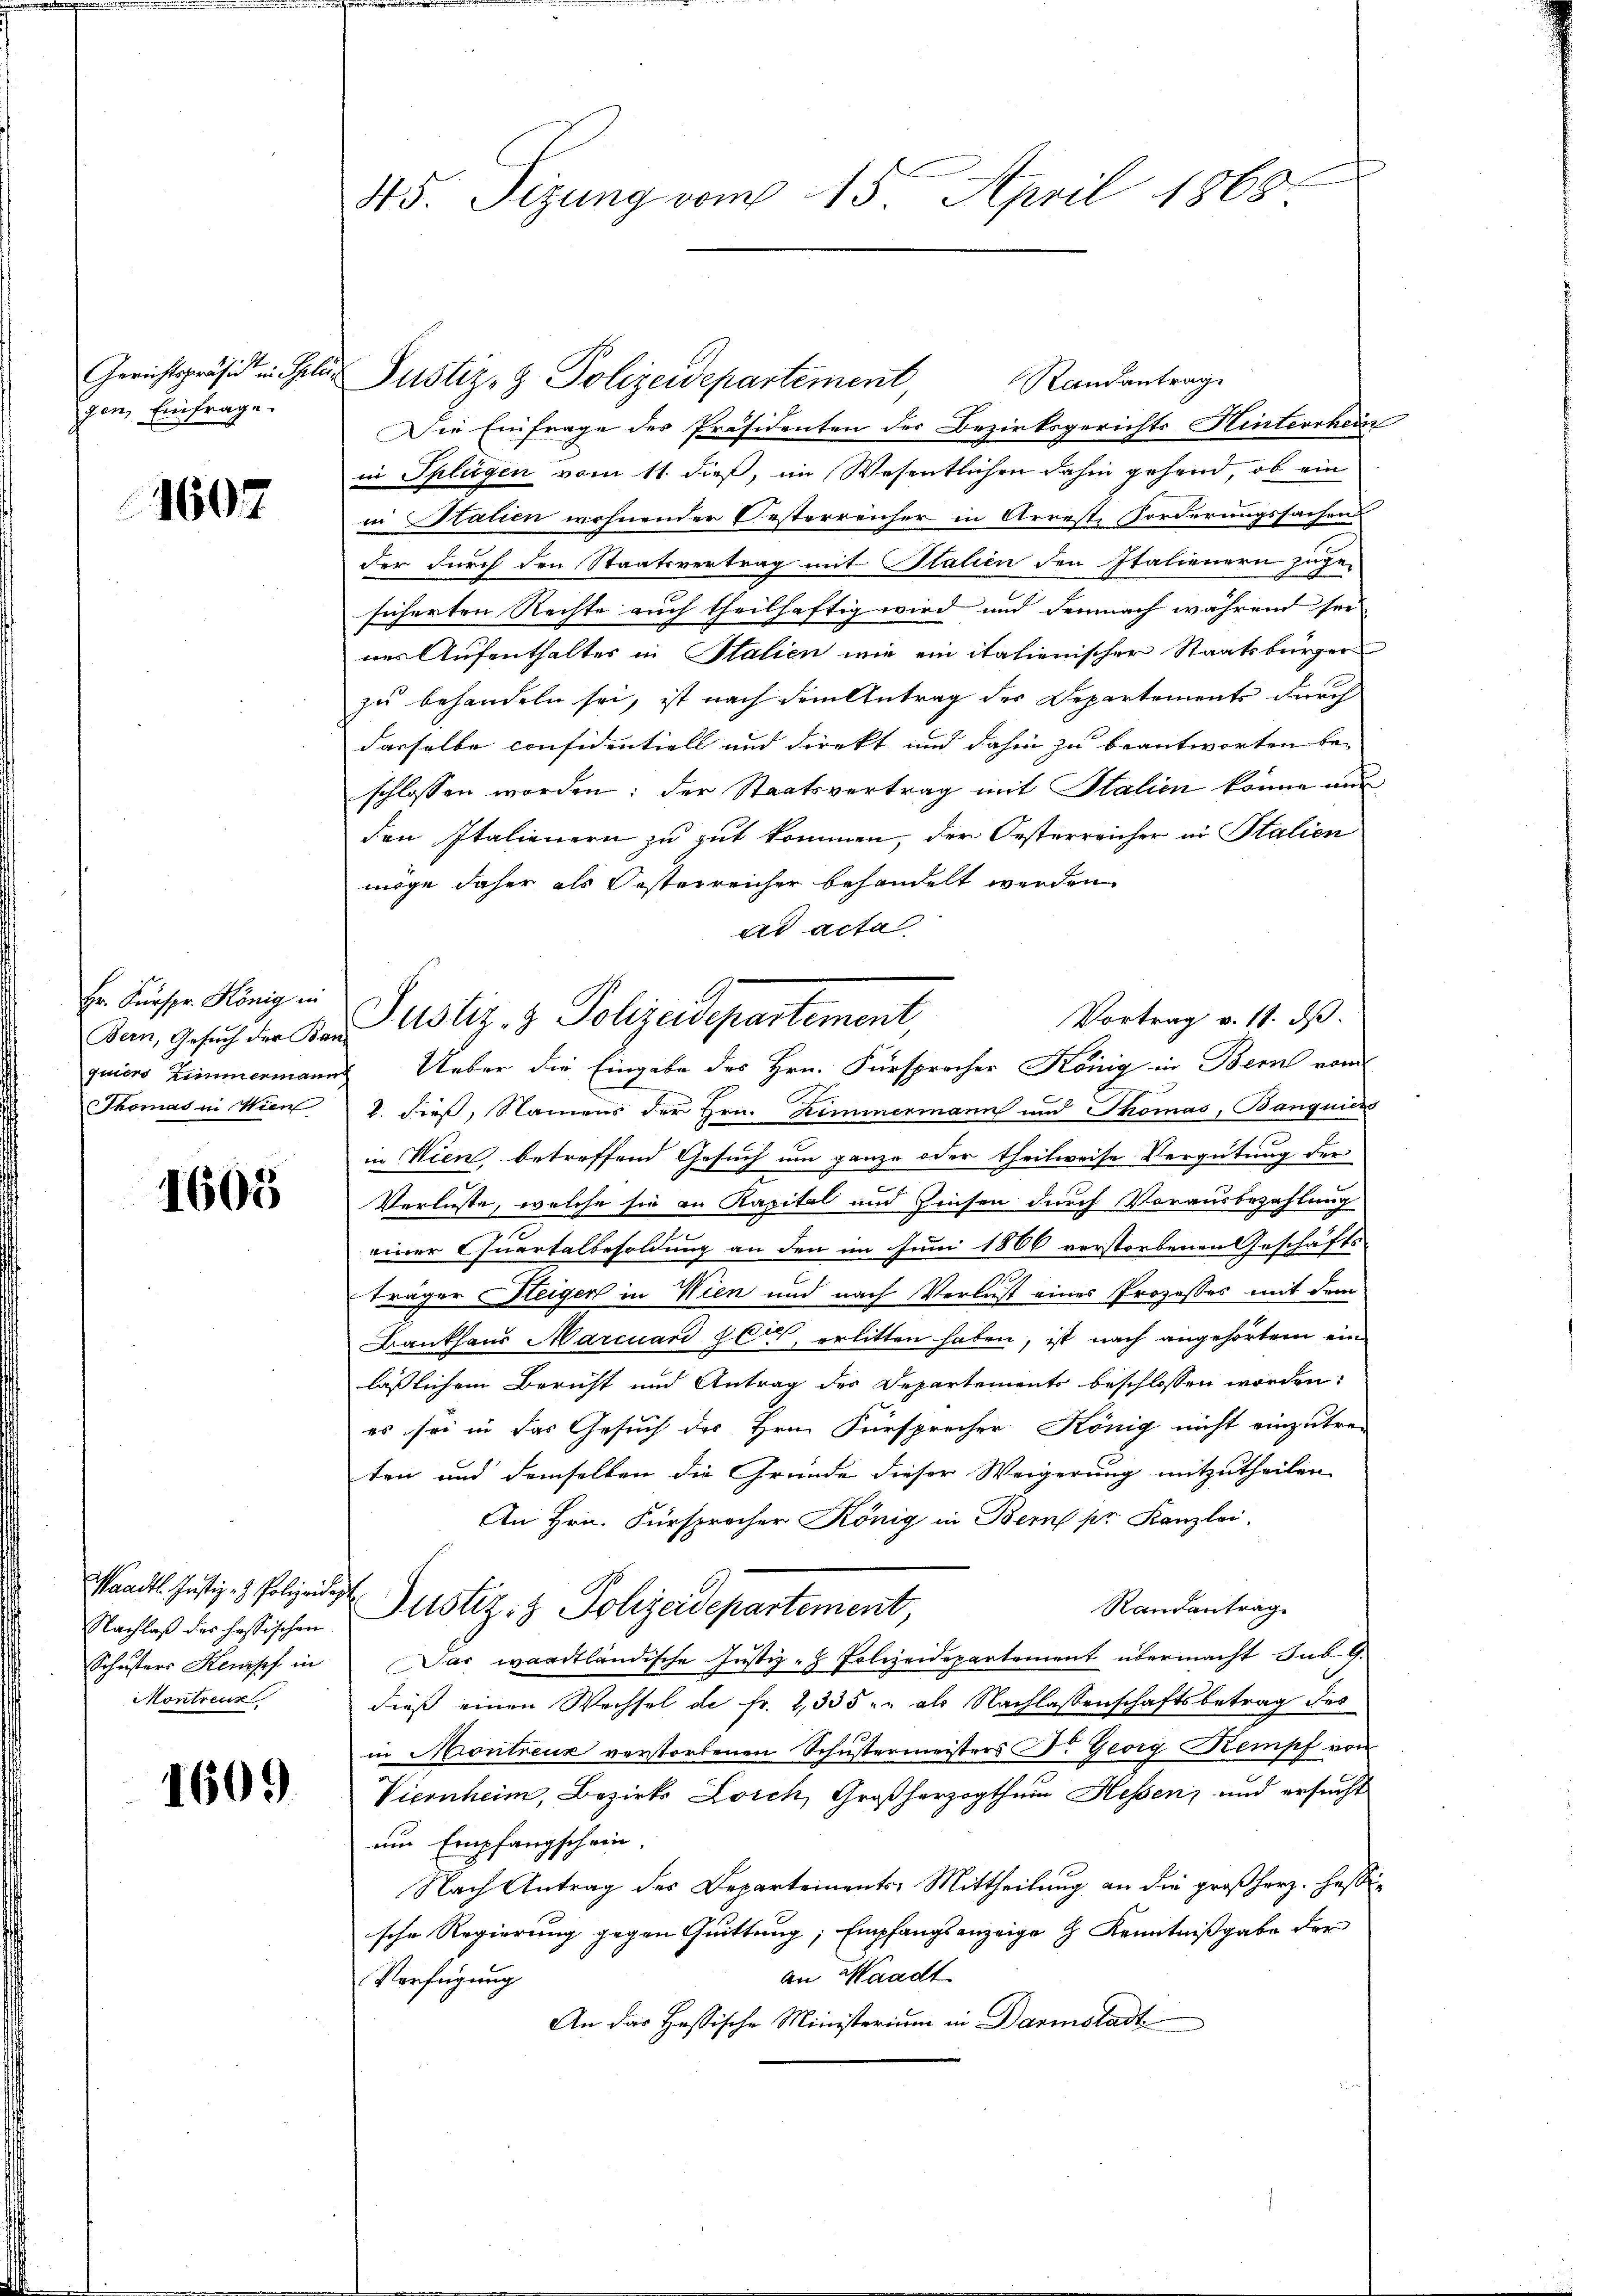
Gerichtspräsidt in Ihre
gen, Einfrage.

1602

Hr. Fürspr. König in
Bern, Gesuch der Bar
quiers Zimmermann
Thomas in Wien

1605

Waadt. Justiz- & Polizeide,
Nachlaß der hassischen
Schusters Kempf in
Montreux

1609

45. Sizung vom 15. April 1868

Justiz- & Polizeidepartement
Randantrag
Die Einfrage des Präsidenten der Bezirksgerichts Hinterrhein
in Splügen vom 11. dieß, im Wesentlichen dahin gehend, ob ein
in Statien wohnender Oesterreicher in Arreste Forderungssachens
der durch den Staatsvertrag mit Italien den Italienern zuge-
sicherten Rechte auch theilhaftig wird und demnach während sei
nes Aufenthaltes in Stalien wie ein italienischer Staatsbürger
zu behandeln sei, ist nach dem Antrag des Departements durch
dasselbe confidentiell und direkt und dahin zu beantworten be-
schlossen worden; der Staatsvertrag mit Italien könne nur
den Italienern zu gut kommen, der Oesterreicher in Stalien
möge daher als Oesterreicher behandelt werden.
ad acta
Vortrag v. 18. ds.
Ueber die Eingabe des Hrn. Fürsprocher König in Bern vom
1. dieß, Namens der Hrn. Hemmermann und Thomas, Banquiers
in Wien, betreffend Gesuch um ganze oder theilweise Vergütung der
Verluste, welche sie an Kapital und Zinsen durch Vorausbezahlung
einer Quartalbesoldung an den im Juni 1800 verstorbenen Geschäfts-
träger Steigen in Wien und nach Verlust eines Prozesses mit dem
Bankhaus Marcuard her, erlitten haben, ist nach angehörtem ein
lässlichem Bericht und Antrag des Departements beschlossen worden:
es sei in das Gesuch des Hrn. Fürsprecher König nicht einzutre-
ten und demselben die Gründe dieser Weigerung mitzutheilen.
An Hrn. Fürsprecher König in Bern pr. Kanzlei,
Randantrag
Justiz- & Polizeidepartement,
Das waadtländische Justiz - Polizeidepartement übermacht sub 9.
dieß einen Wechsel de fr. 2, 335 " " als Nachlassenschaftsbetrag des
in Montreux verstorbenen Schustermeisters Dr. Georg Kempf von
Viconheim, Bezirk Zoich, Großherzogthum Hessen und ersucht
um Empfangschein.
Nach Antrag des Departements-Mittheilung an die großherz. Hessische Regierung gegen Quittung; Empfangsanzeige & Kenntnißgabe der
an Waadt
Verfügung
An das Hassische Ministerium in Darmstadt

Justiz- & Polizeidepartement